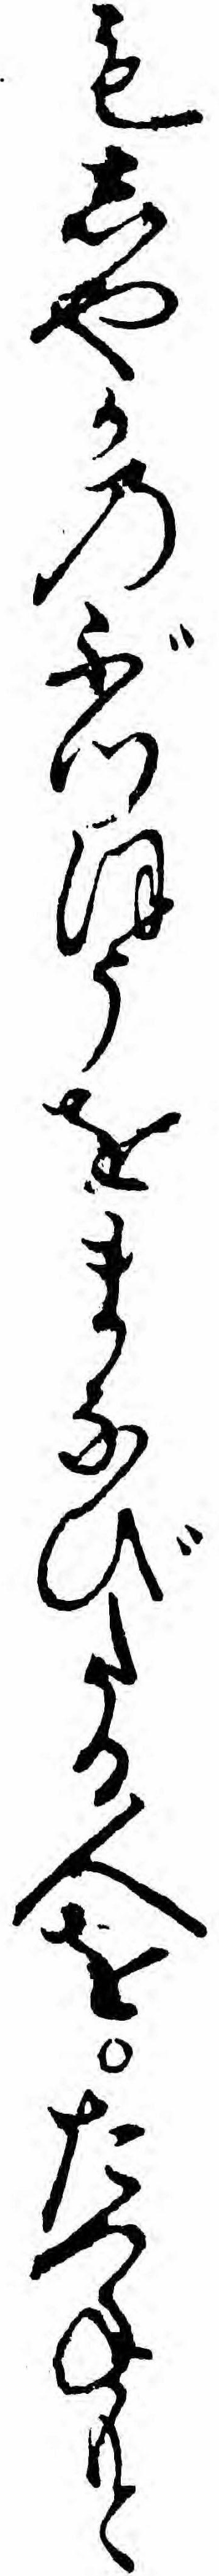
もしやかのぶつほうをまなびたる人をたつねもと